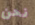
نحن